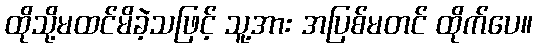
ထိုသို့မထင်မိခဲ့သဖြင့် သူ့အား အပြစ်မတင် ထိုက်ပေ။